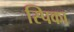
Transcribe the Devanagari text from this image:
स्पिका